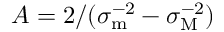
A = 2 / ( \sigma _ { \mathrm { m } } ^ { - 2 } - \sigma _ { \mathrm { M } } ^ { - 2 } )